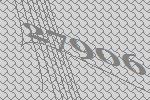
27906